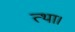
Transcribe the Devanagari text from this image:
त्था।